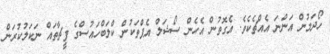
ހޯދަމުން އަންނަ އެއްޗެކެވެ. އެގޮތުން އެހެން ސޯޝަލް އެޕްތަކުން ކްލަބްހައުސްގެ ފީޗާތައް ނަކަލުކުރަން